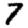
Digit: 7